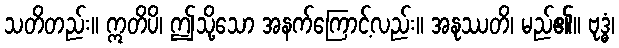
သတိတည်း။ ဣတိပိ၊ ဤသို့သော အနက်ကြောင့်လည်း။ အနုဿတိ၊ မည်၏။ ဗုဒ္ဓံ၊